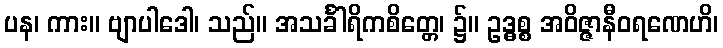
ပန၊ ကား။ ဗျာပါဒေါ၊ သည်။ အသင်္ခါရိကစိတ္တေ၊ ၌။ ဥဒ္ဓစ္စ အဝိဇ္ဇာနီဝရဏေဟိ၊